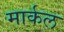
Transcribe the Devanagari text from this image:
मार्कल